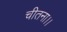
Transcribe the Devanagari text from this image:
चीतना।।